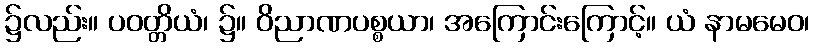
၌လည်း။ ပဝတ္တိယံ၊ ၌။ ဝိညာဏပစ္စယာ၊ အကြောင်းကြောင့်။ ယံ နာမမေဝ၊